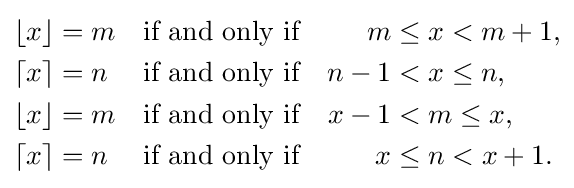
{\begin{alignedat}{3}\lfloor x\rfloor &=m\ \ &&{\mbox{ if and only if }}&m&\leq x<m+1,\\\lceil x\rceil &=n&&{\mbox{ if and only if }}&\ \ n-1&<x\leq n,\\\lfloor x\rfloor &=m&&{\mbox{ if and only if }}&x-1&<m\leq x,\\\lceil x\rceil &=n&&{\mbox{ if and only if }}&x&\leq n<x+1.\end{alignedat}}